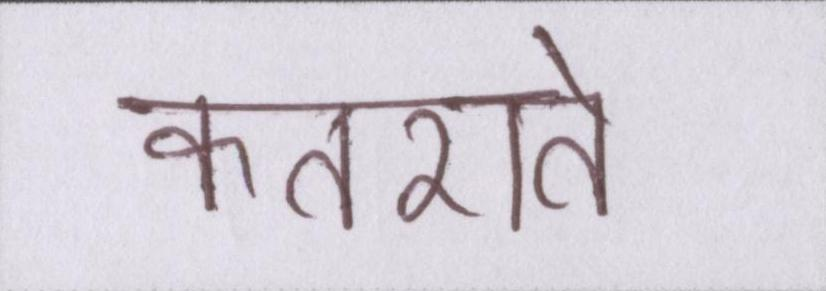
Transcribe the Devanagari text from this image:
कतराते